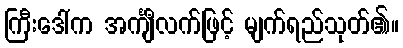
ကြီးဒေါ်က အင်္ကျီလက်ဖြင့် မျက်ရည်သုတ်၏။